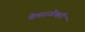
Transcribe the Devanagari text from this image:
प्रेमराजेश्वरी